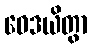
ဝေဒယိတွာ